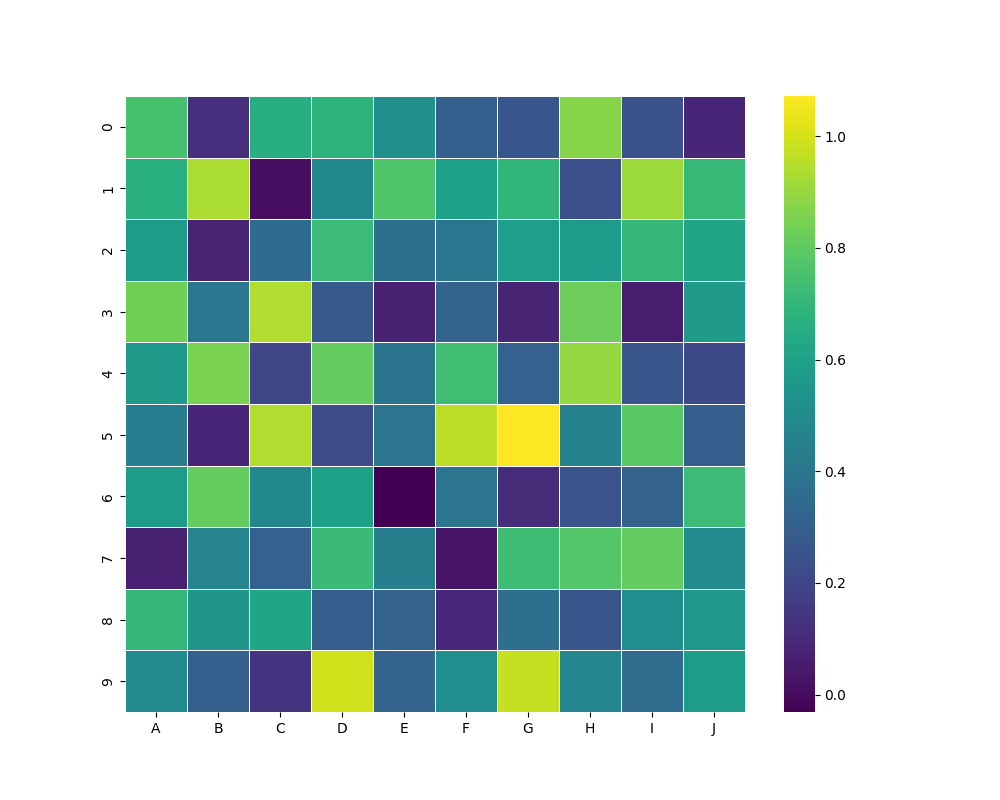
python, seaborn, heatmap, cmap='viridis', linewidths=0.5, center=none